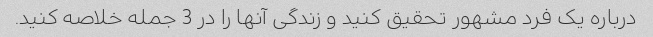
درباره یک فرد مشهور تحقیق کنید و زندگی آنها را در 3 جمله خلاصه کنید.